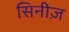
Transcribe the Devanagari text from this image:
सिनीज़